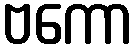
ဗကော